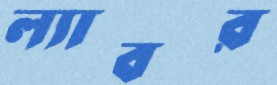
ল্যাবর